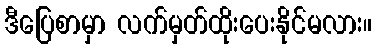
ဒီပြေစာမှာ လက်မှတ်ထိုးပေးနိုင်မလား။